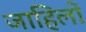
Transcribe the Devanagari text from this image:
जाहिलों